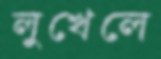
লুখেলে